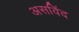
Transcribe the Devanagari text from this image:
असविंद